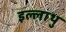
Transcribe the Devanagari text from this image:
इल्लाथु